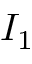
I _ { 1 }